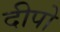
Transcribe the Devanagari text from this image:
दीपो